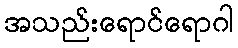
အသည်းရောင်ရောဂါ